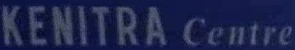
KENITRA Centre